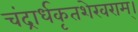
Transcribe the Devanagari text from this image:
चंद्रार्धकृतशेखराम्‌।